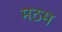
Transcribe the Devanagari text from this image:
मठम